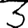
Digit: 3